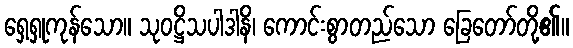
ရှေ့ရှုကုန်သော။ သုဝဋ္ဌိသပါဒါနိ၊ ကောင်းစွာတည်သော ခြေတော်တို့၏။